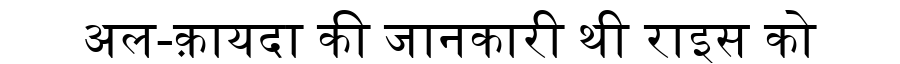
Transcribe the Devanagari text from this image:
अल-क़ायदा की जानकारी थी राइस को